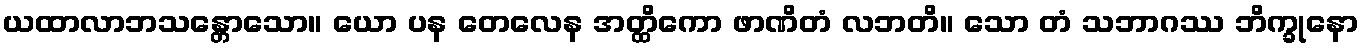
ယထာလာဘသန္တောသော။ ယော ပန တေလေန အတ္ထိကော ဖာဏိတံ လဘတိ။ သော တံ သဘာဂဿ ဘိက္ခုနော